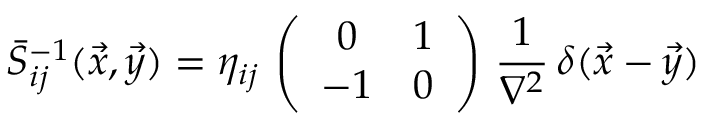
\bar { S } _ { i j } ^ { - 1 } ( \vec { x } , \vec { y } ) = \eta _ { i j } \, \left( \begin{array} { c c } { { 0 } } & { { 1 } } \\ { { - 1 } } & { { 0 } } \end{array} \right) \, \frac { 1 } { \nabla ^ { 2 } } \, \delta ( \vec { x } - \vec { y } )